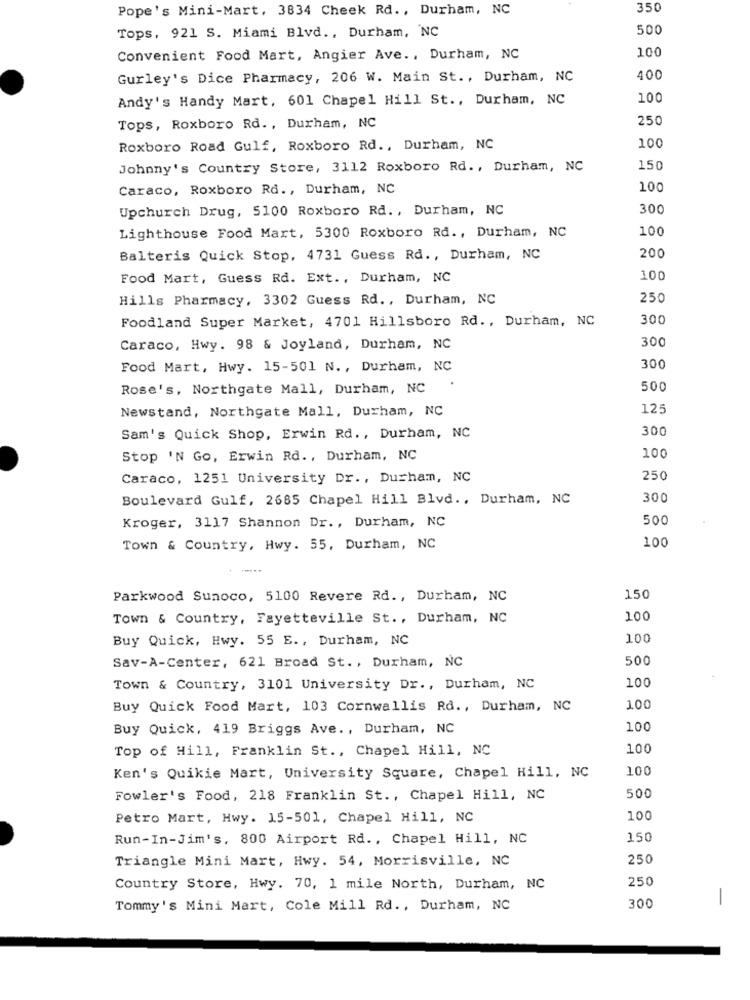
Pope's Mini-Mart, 3834 Cheek Rd ., Durham, NC
350
Tops, 921 S. Miami Blvd ., Durham, NC
500
100
Convenient Food Mart, Angier Ave ., Durham, NC
Gurley's Dice Pharmacy, 206 W. Main St ., Durham, NC
400
Andy's Handy Mart, 601 Chapel Hill St ., Durham, NC
100
250
Tops, Roxboro Rd. , Durham, NC
Roxboro Road Gulf, Roxboro Rd ., Durham, NC
100
Johnny's Country Store, 3112 Roxboro Rd ., Durham, NC
150
Caraco, Roxboro Rd ., Durham, NC
100
Upchurch Drug, 5100 Roxboro Rd. , Durham, NC
300
Lighthouse Food Mart, 5300 Roxboro Rd ., Durham, NC
100
Balteris Quick Stop, 4731 Guess Rd ., Durham, NC
200
Food Mart, Guess Rd. Ext ., Durham, NC
100
Hills Pharmacy, 3302 Guess Rd ., Durham, NC
250
Foodland Super Market, 4701 Hillsboro Rd ., Durham, NC
300
300
Caraco, Hwy. 98 & Joyland, Durham, NC
Food Mart, Hwy. 15-501 N ., Durham, NC
300
Rose's, Northgate Mall, Durham, NC
.
500
Newstand, Northgate Mall, Durham, NC
125
300
Sam's Quick Shop, Erwin Rd ., Durham, NC
Stop 'N Go, Erwin Rd ., Durham, NC
100
Caraco, 1251 University Dr ., Durham, NC
250
Boulevard Gulf, 2685 Chapel Hill Blvd ., Durham, NC
300
Kroger, 3117 Shannon Dr ., Durham, NC
500
100
Town & Country, Hwy. 55, Durham, NC
Parkwood Sunoco, 5100 Revere Rd ., Durham, NC
150
Town & Country, Fayetteville St ., Durham, NC
100
Buy Quick, Hwy. 55 E ., Durham, NC
100
Sav-A-Center, 621 Broad St ., Durham, NC
500
100
Town & Country, 3101 University Dr ., Durham, NC
Buy Quick Food Mart, 103 Cornwallis Rd ., Durham, NC
100
Buy Quick, 419 Briggs Ave ., Durham, NC
100
Top of Hill, Franklin St ., Chapel Hill, NC
100
100
Ken's Quikie Mart, University Square, Chapel Hill, NC
500
Fowler's Food, 218 Franklin St ., Chapel Hill, NC
Petro Mart, Hwy. 15-501, Chapel Hill, NC
100
Run-In-Jim's. 800 Airport Rd ., Chapel Hill, NC
150
Triangle Mini Mart, Hwy. 54, Morrisville, NC
250
250
Country Store, Hwy. 70, 1 mile North, Durham, NC
300
-
Tommy's Mini Mart, Cole Mill Rd ., Durham, NC